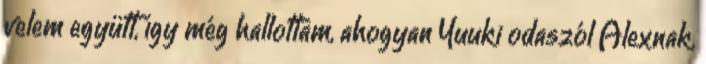
velem együtt, így még hallottam, ahogyan Yuuki odaszól Alexnak,